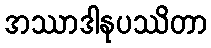
အဿာဒါနုပဿိတာ